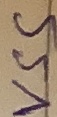
Text: VSS